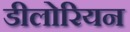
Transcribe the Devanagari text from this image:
डीलोरियन